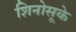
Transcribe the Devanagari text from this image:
शिनोसूके